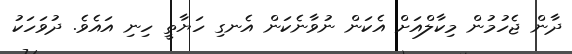
ދާން ޖެހުމުން މިކާލްއަށް އެކަން ނުވާނެކަން އެނގި ހަޔާތީ ހިނި އައެވެ. ދުވަހަކު